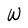
Character: W